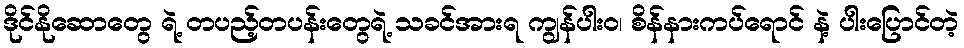
ဒိုင်နိုဆောတွေ ရဲ့ တပည့်တပန်းတွေရဲ့ သခင်အားရ ကျွန်ပါးဝ၊ စိန်နားကပ်ရောင် နဲ့ ပါးပြောင်တဲ့